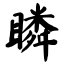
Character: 瞵